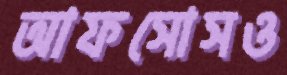
আফসোসও